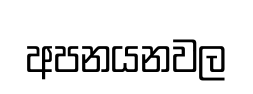
අපනයනවල